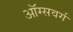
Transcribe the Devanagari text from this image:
ऑग्सवर्ग